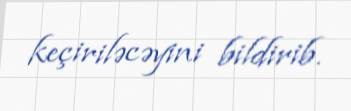
keçiriləcəyini bildirib.